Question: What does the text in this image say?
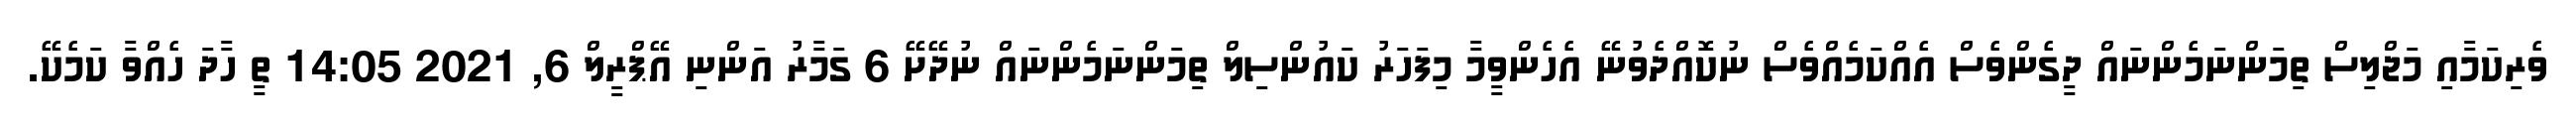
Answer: ވެރިކަމާއި މަޖްލިސް ތިމަންނަމެންނައް ދީގެންވެސް އެއްކަމެއްވެސް ނުކޮއްދެވުނޭ އެހެންވީމާ މިފަހަރު ކައުންސިލް ތިމަންނަމެންނައް ނުދޭށޭ 6 ގަމާރު އަންނި އޭޕްރީލް 6, 2021 14:05 ތީ ހާދަ ހެއްވާ ކަމެކޭ.